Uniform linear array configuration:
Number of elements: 12
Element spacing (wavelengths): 1
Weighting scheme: hamming
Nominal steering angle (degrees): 0
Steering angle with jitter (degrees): -1.97
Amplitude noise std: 0.05
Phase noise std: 0.05

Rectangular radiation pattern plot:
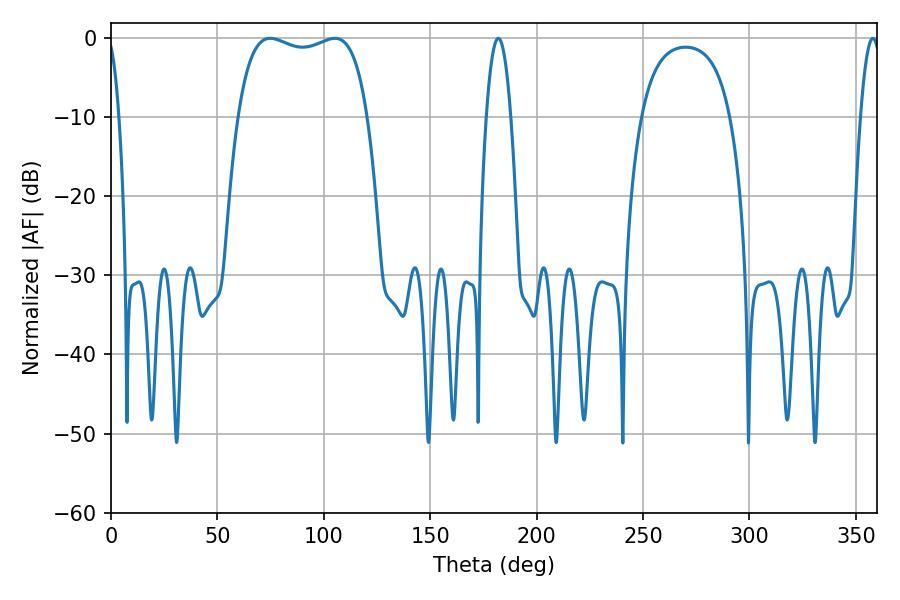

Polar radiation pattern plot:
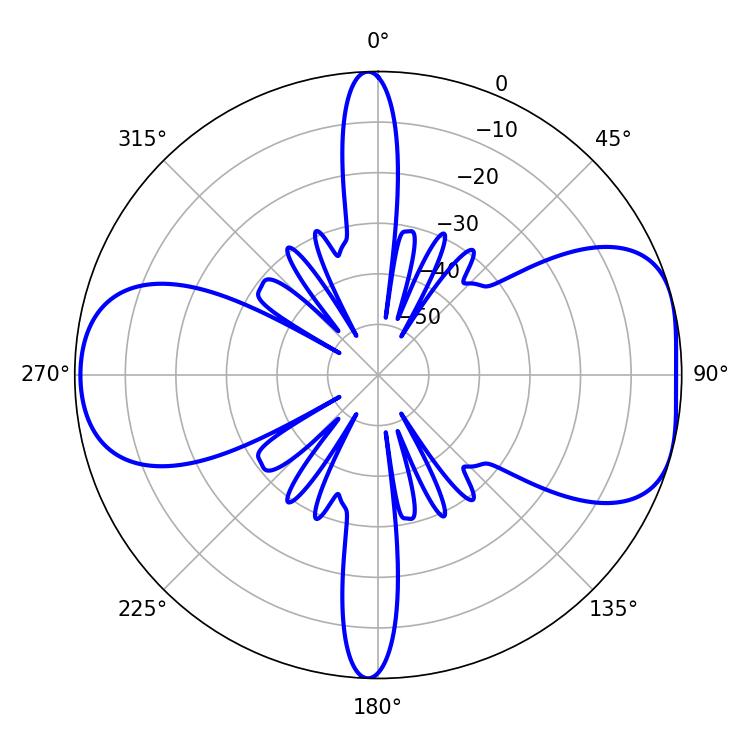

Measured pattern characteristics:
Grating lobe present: TRUE
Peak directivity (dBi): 7.113
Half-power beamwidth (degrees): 49.32
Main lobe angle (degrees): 74.88